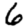
Digit: 6